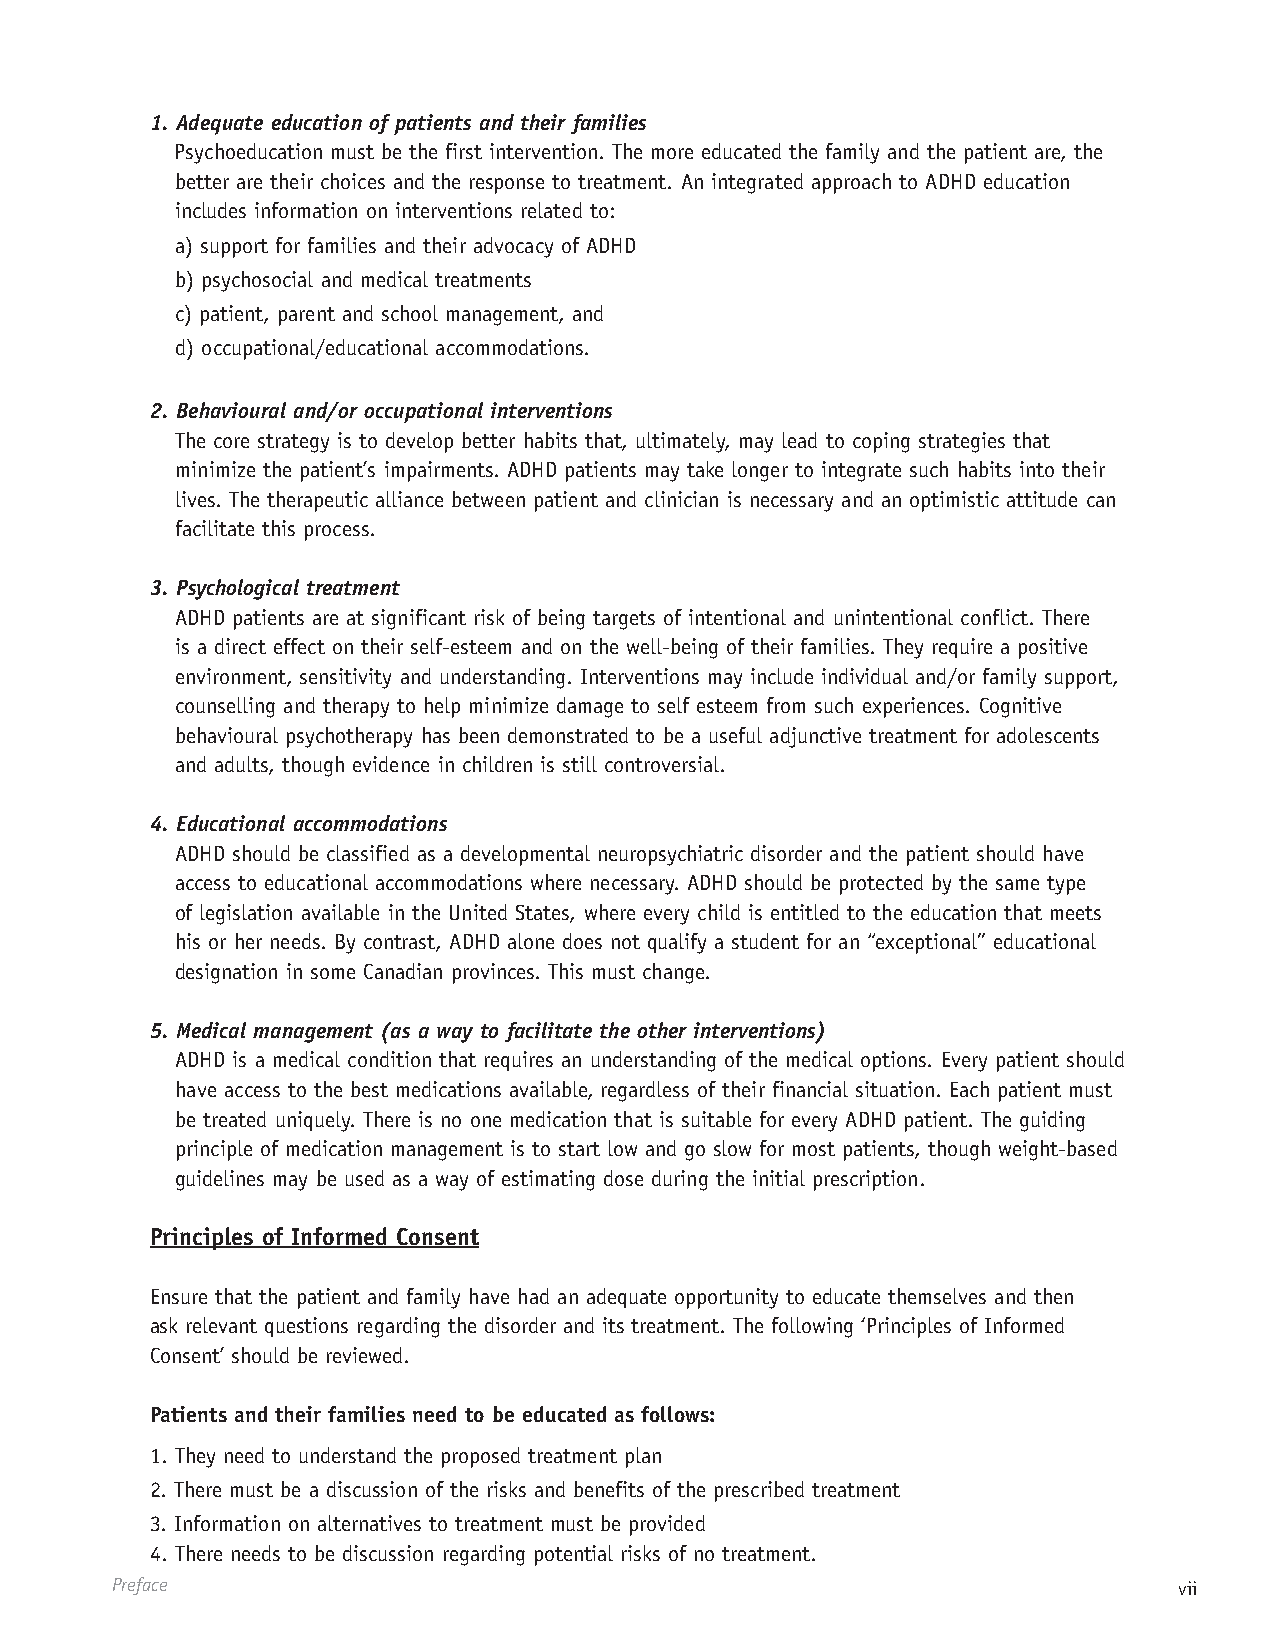
1. Adequate education of patients and their families
 Psychoeducation must be the first intervention. The more educated the family and the patient are, the
 better are their choices and the response to treatment. An integrated approach to ADHD education
 includes information on interventions related to:
 a) support for families and their advocacy of ADHD
 b) psychosocial and medical treatments
 c) patient, parent and school management, and
 d) occupational/educational accommodations.
 2. Behavioural and/or occupational interventions
 The core strategy is to develop better habits that, ultimately, may lead to coping strategies that
 minimize the patient’s impairments. ADHD patients may take longer to integrate such habits into their
 lives. The therapeutic alliance between patient and clinician is necessary and an optimistic attitude can
 facilitate this process.
 3. Psychological treatment
 ADHD patients are at significant risk of being targets of intentional and unintentional conflict. There
 is a direct effect on their self-esteem and on the well-being of their families. They require a positive
 environment, sensitivity and understanding. Interventions may include individual and/or family support,
 counselling and therapy to help minimize damage to self esteem from such experiences. Cognitive
 behavioural psychotherapy has been demonstrated to be a useful adjunctive treatment for adolescents
 and adults, though evidence in children is still controversial.
 4. Educational accommodations
 ADHD should be classified as a developmental neuropsychiatric disorder and the patient should have
 access to educational accommodations where necessary. ADHD should be protected by the same type
 of legislation available in the United States, where every child is entitled to the education that meets
 his or her needs. By contrast, ADHD alone does not qualify a student for an “exceptional” educational
 designation in some Canadian provinces. This must change.
 5. Medical management (as a way to facilitate the other interventions)
 ADHD is a medical condition that requires an understanding of the medical options. Every patient should
 have access to the best medications available, regardless of their financial situation. Each patient must
 be treated uniquely. There is no one medication that is suitable for every ADHD patient. The guiding
 principle of medication management is to start low and go slow for most patients, though weight-based
 guidelines may be used as a way of estimating dose during the initial prescription.
 Principles of Informed Consent
 Ensure that the patient and family have had an adequate opportunity to educate themselves and then
 ask relevant questions regarding the disorder and its treatment. The following ‘Principles of Informed
 Consent’ should be reviewed.
 Patients and their families need to be educated as follows:
 1. They need to understand the proposed treatment plan
 2. There must be a discussion of the risks and benefits of the prescribed treatment
 3. Information on alternatives to treatment must be provided
 4. There needs to be discussion regarding potential risks of no treatment.
 Preface                                                                vii